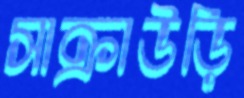
সাক্রাউড়ি